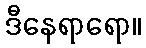
ဒီနေရာရော။